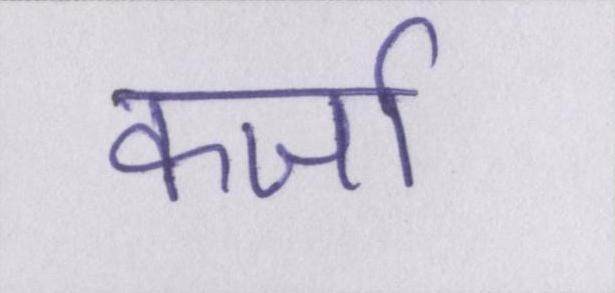
कर्जा